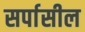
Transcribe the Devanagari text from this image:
सर्पासील